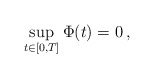
\begin{align*}\sup_{t\in[0,T]}\Phi(t) = 0\, ,\end{align*}